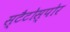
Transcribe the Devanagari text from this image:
स्टैटोस्पोर